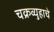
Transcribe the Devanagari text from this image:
चक्रव्युहाचे